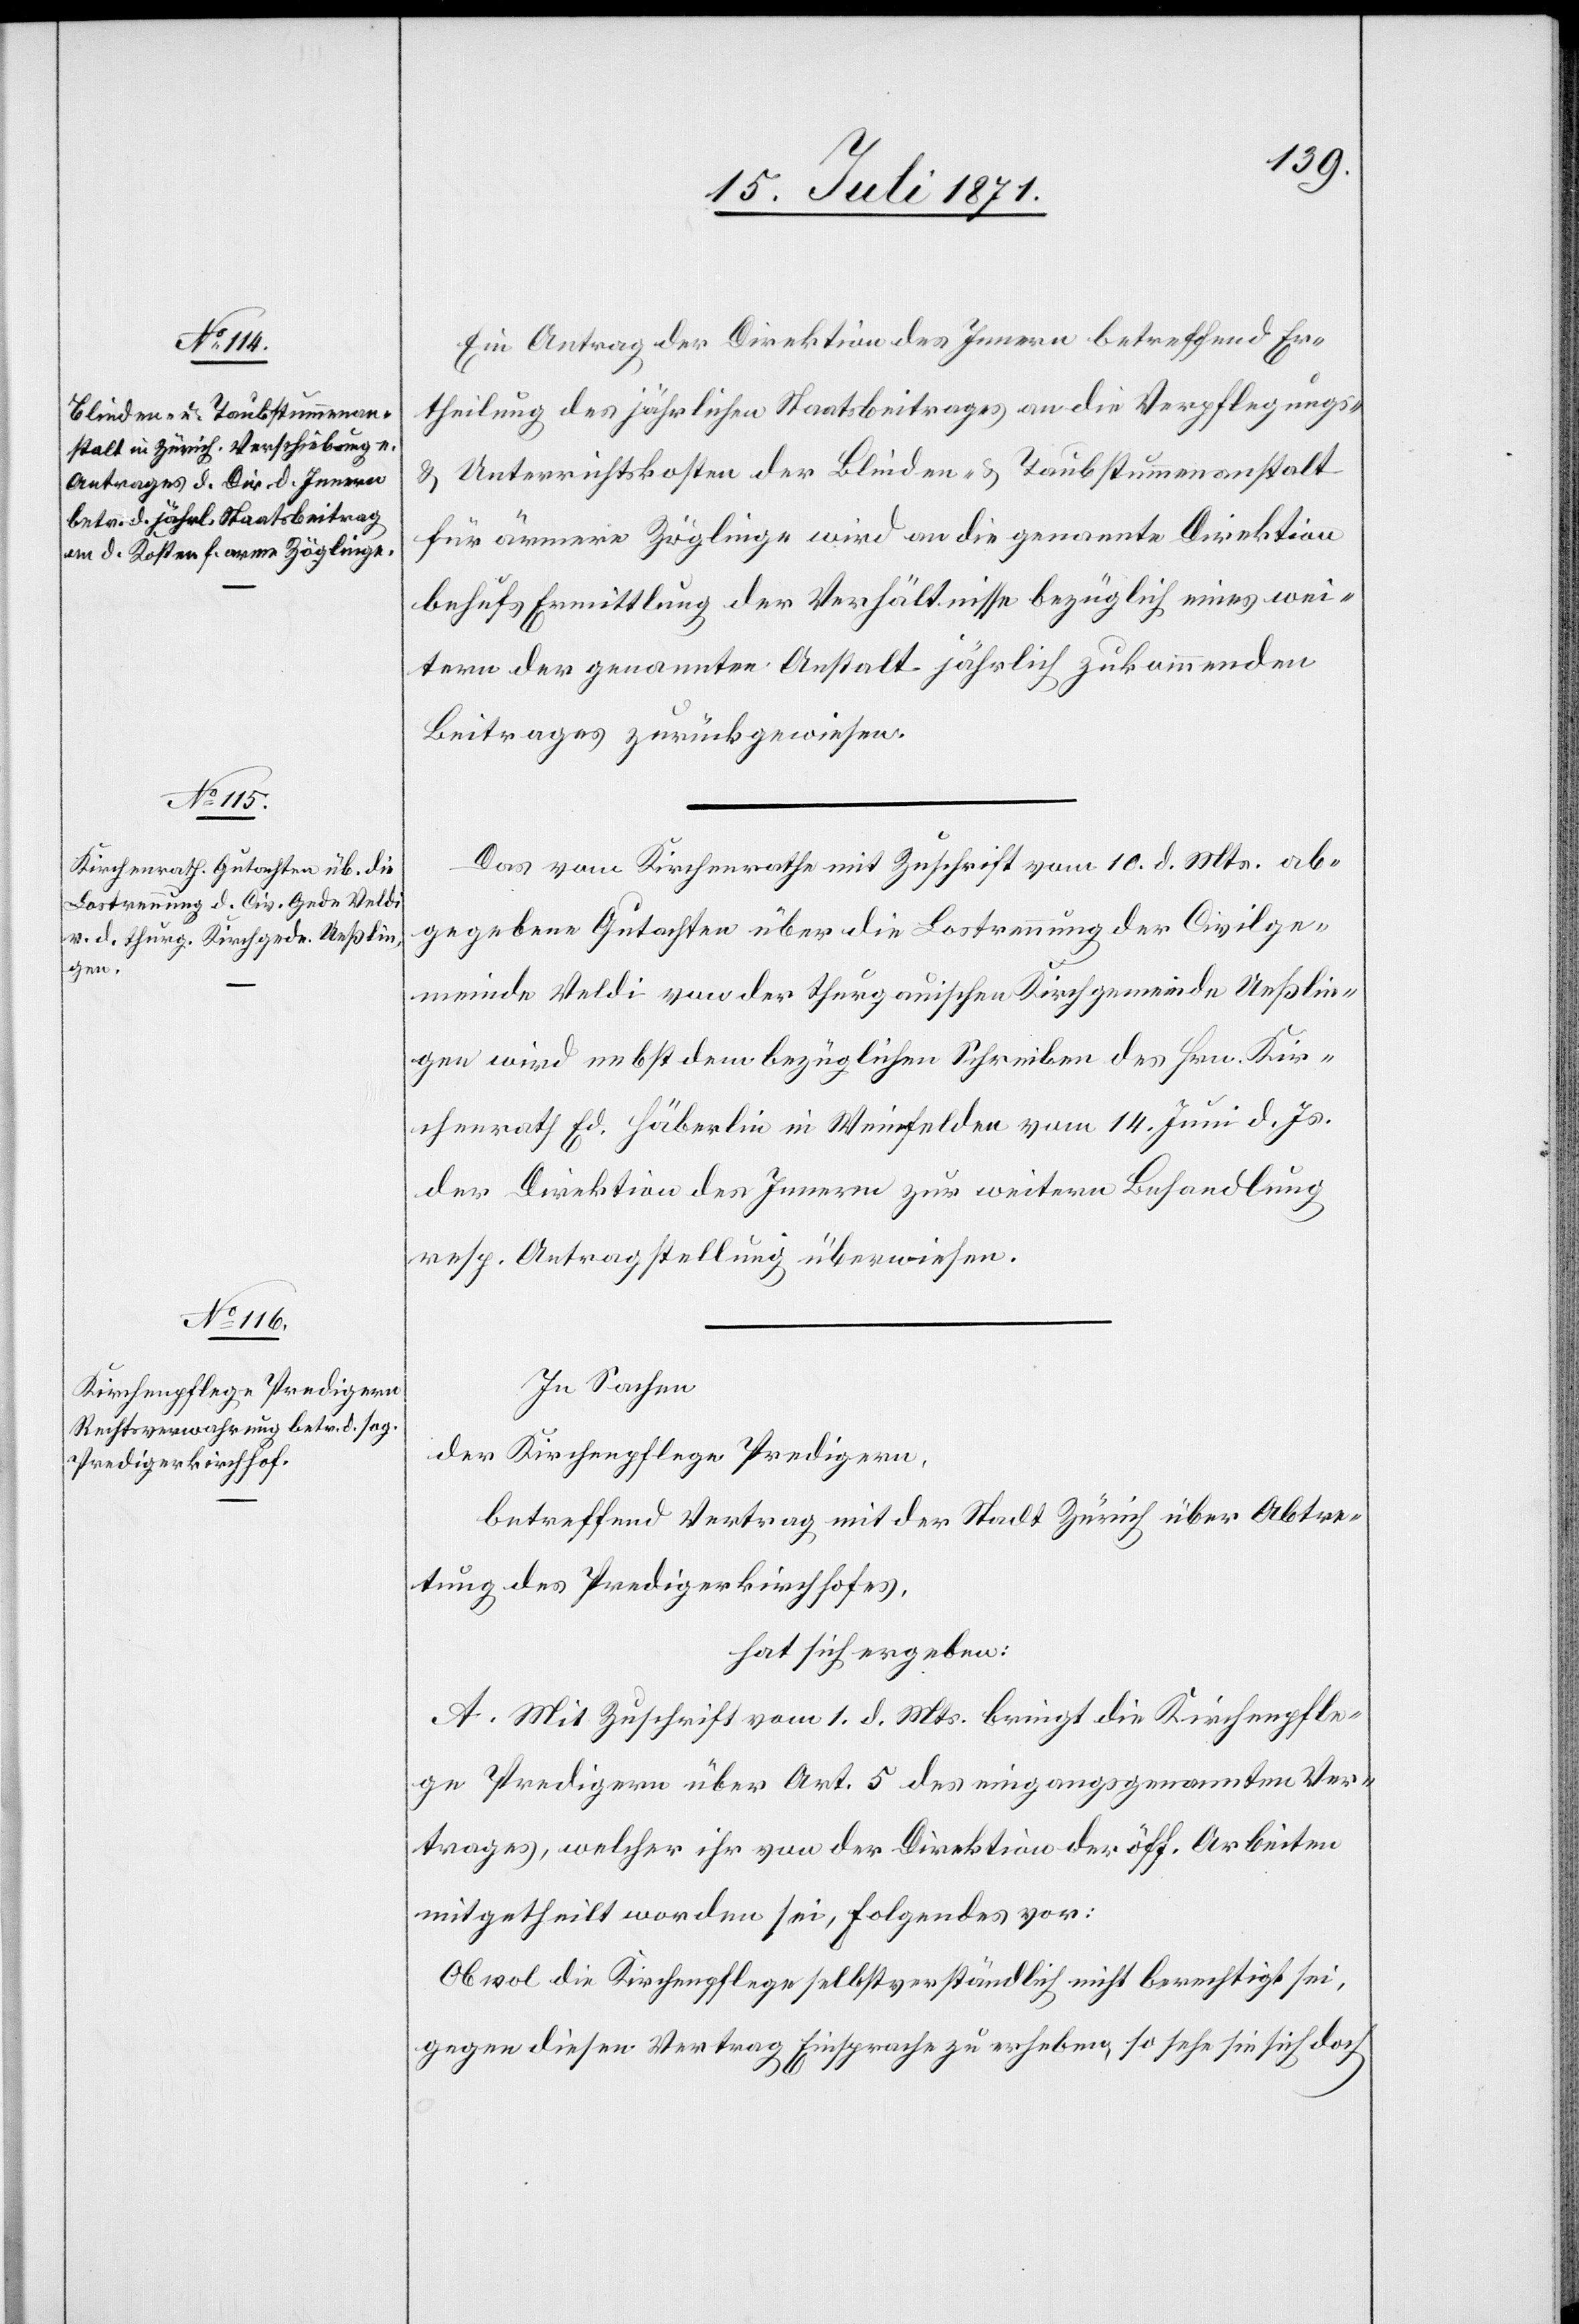
Ein Antrag der Direktion des Innern betreffend Er¬
theilung des jährlichen Staatsbeitrages an die Verpflegungs-
u. Unterrichtskosten der Blinden- u. Taubstummenanstalt
für ärmere Zöglinge wird an die genannte Direktion
behufs Ermittlung der Verhältnisse bezüglich eines wei¬
tern der genannten Anstalt jährlich zukommenden
Beitrages zurückgewiesen.
Das vom Kirchenrathe mit Zuschrift vom 10. d. Mts. ab¬
gegebene Gutachten über die Lostrennung der Civilge¬
meinde Veldi von der thurgauischen Kirchgemeinde Ueßlin¬
gen wird nebst dem bezüglichen Schreiben des Hrn. Kir¬
chenrath Ed. Häberlin in Weinfelden vom 14. Juni d. Js.
der Direktion des Innern zur weitern Behandlung
resp. Antragstellung überwiesen.
In Sachen
der Kirchenpflege Predigern,
betreffend Vertrag mit der Stadt Zürich über Abtre¬
tung des Predigerkirchhofes,
hat sich ergeben:
A. Mit Zuschrift vom 1. d. Mts. bringt die Kirchenpfle¬
ge Predigern über Art. 5 des eingangsgenannten Ver¬
trages, welcher ihr von der Direktion der öff. Arbeiten
mitgetheilt worden sei, Folgendes vor:
Obwol die Kirchenpflege selbstverständlich nicht berechtigt sei,
gegen diesen Vertrag Einsprache zu erheben, so sehe sie sich doch